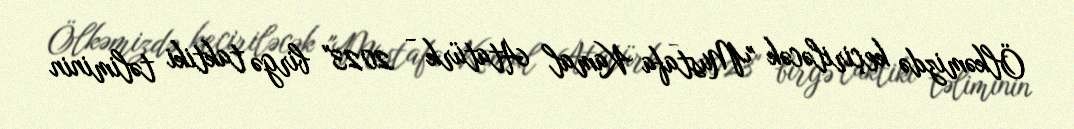
Ölkəmizdə keçiriləcək "Mustafa Kamal Atatürk - 2023" birgə taktiki təliminin